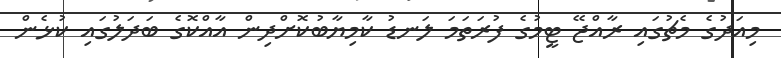
މިއަދުގެ މެޗުގައި ރާއްޖޭ ޓީމުގެ ފުރަތަމަ ލަނޑު ކާމިޔާބުކޮށްދިން އާއްކޮގެ ބަދަލުގައި ކުޅެން